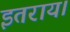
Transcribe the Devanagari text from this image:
इतराय।